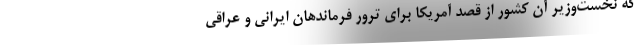
که نخست‌وزیر آن کشور از قصد آمریکا برای ترور فرماندهان ایرانی و عراقی